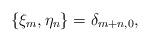
LaTeX: \begin{align*} \{ \xi_m, \eta_n \} = \delta_{m+n,0},\end{align*}